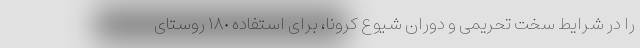
را در شرایط سخت تحریمی و دوران شیوع کرونا، برای استفاده ١٨٠ روستای